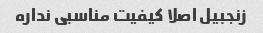
زنجبیل اصلا کیفیت مناسبی نداره